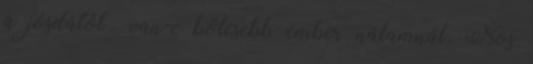
a jósdától van-e bölcsebb ember nálamnál. Nos